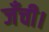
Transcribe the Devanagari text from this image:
जँची।